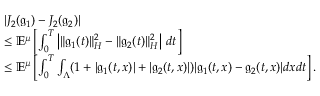
\begin{array} { r l } & { | J _ { 2 } ( \mathfrak { g } _ { 1 } ) - J _ { 2 } ( \mathfrak { g } _ { 2 } ) | } \\ & { \leq \ensuremath { { \mathbb E } } ^ { \mu } \left[ \int _ { 0 } ^ { T } \left| \| \mathfrak { g } _ { 1 } ( t ) \| _ { H } ^ { 2 } - \| \mathfrak { g } _ { 2 } ( t ) \| _ { H } ^ { 2 } \right| \, d t \right] } \\ & { \leq \ensuremath { { \mathbb E } } ^ { \mu } \left[ \int _ { 0 } ^ { T } \int _ { \Lambda } ( 1 + | \mathfrak { g } _ { 1 } ( t , x ) | + | \mathfrak { g } _ { 2 } ( t , x ) | ) | \mathfrak { g } _ { 1 } ( t , x ) - \mathfrak { g } _ { 2 } ( t , x ) | d x d t \right] . } \end{array}